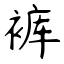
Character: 裤